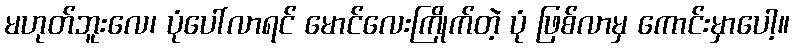
မဟုတ်ဘူးလေ၊ ပုံပေါ်လာရင် မောင်လေးကြိုက်တဲ့ ပုံ ဖြစ်လာမှ ကောင်းမှာပေါ့။